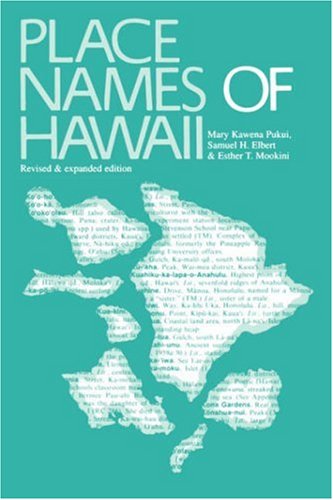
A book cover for Place Names of Hawaii (Revised); Mary Kawena Pukui; History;